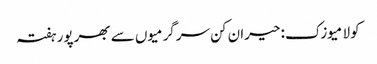
کولا میوزک: حیران کن سرگرمیوں سے بھرپور ہفتہ